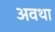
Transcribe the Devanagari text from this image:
अवथा